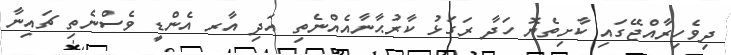
ދިވެހިރާއްޖޭގައި ކާށިތެޔޮ ހަދާ ރަގަޅު ކާރުޙާނާއެއްނެތި އަދި އާރ އެންޑީ ވެސްނެތި ޗައިނާ